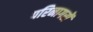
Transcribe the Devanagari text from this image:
परिनागरों